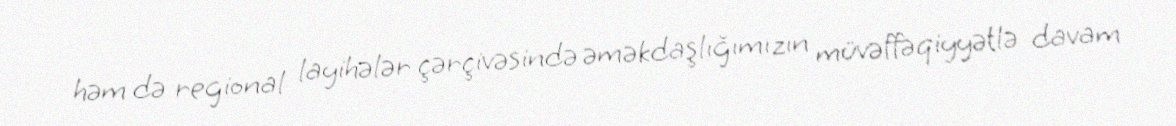
həm də regional layihələr çərçivəsində əməkdaşlığımızın müvəffəqiyyətlə davam